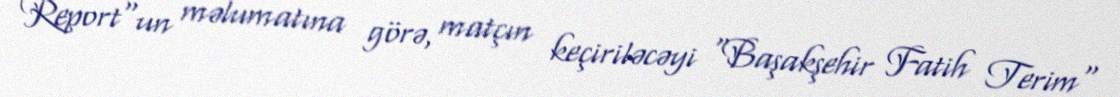
Report"un məlumatına görə, matçın keçiriləcəyi "Başakşehir Fatih Terim"